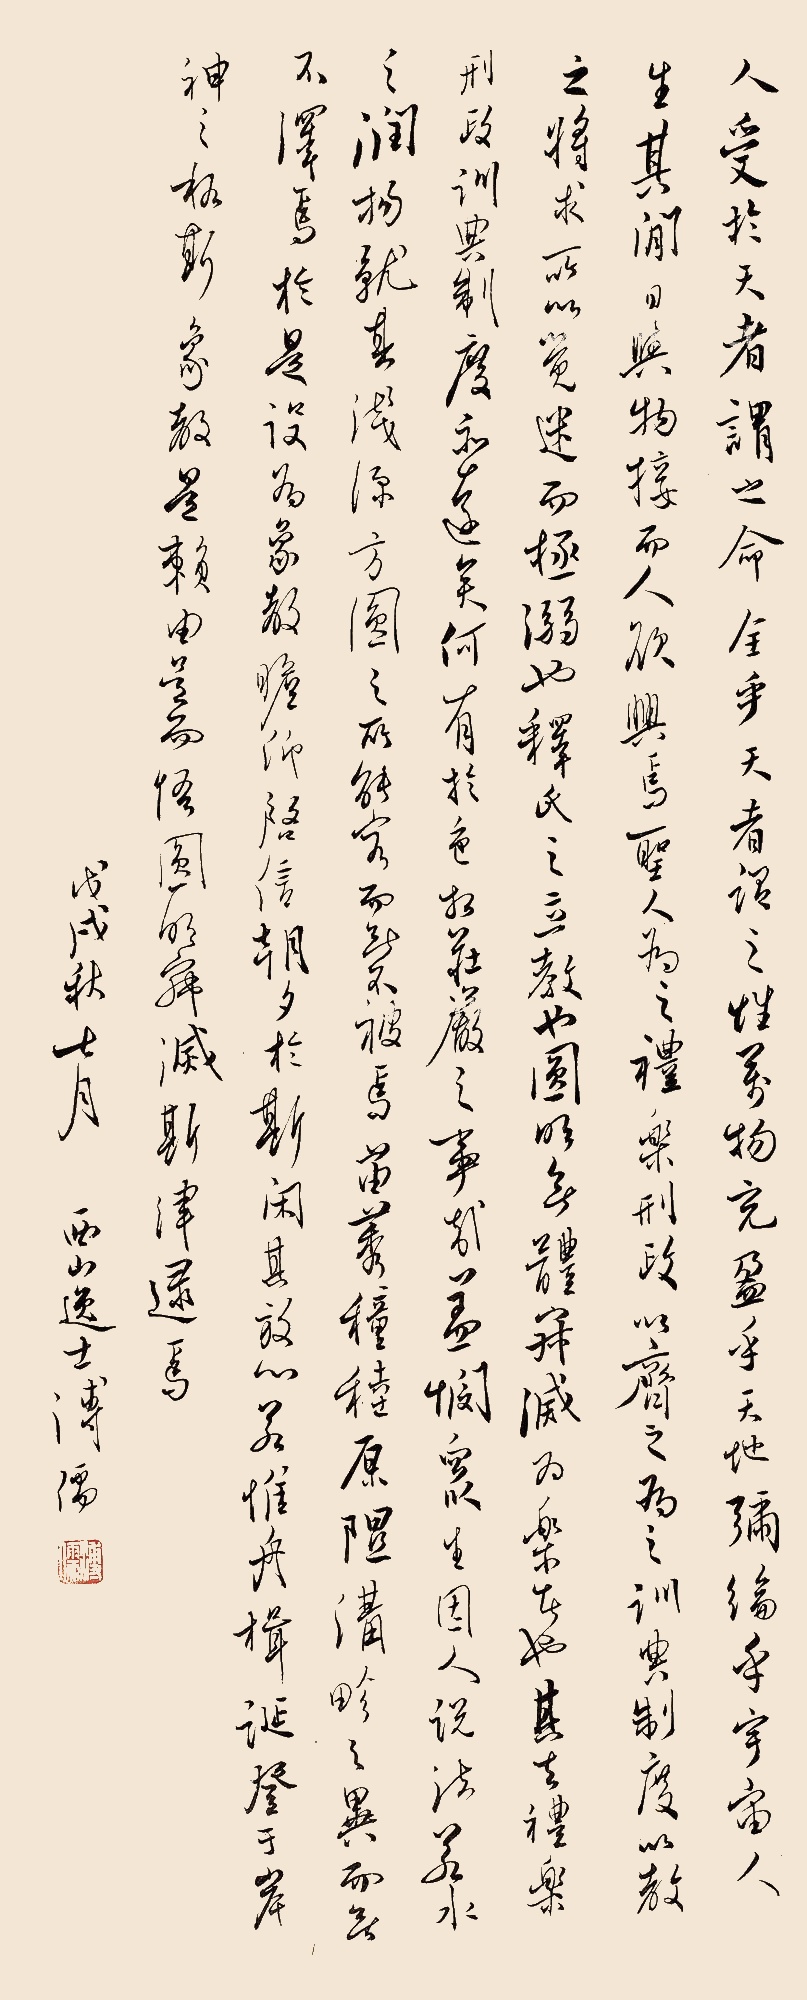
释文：人受于天者谓之命，全乎天者谓之性。万物充盈乎天地，弥纶乎宇宙，人生其间，日与物接，而人欲兴焉。圣人为之礼乐刑政以齐之，为之训典制度以教之，将求所以觉迷而拯溺也。释氏之立教也，圆明无体，寂灭为乐者也，其去礼乐刑政、训典制度亦远矣，何有于色相庄严之事哉？盖悯众生，因人说法，若水之润物，就其浅深方圆之所能容，而无不被焉，苗莠穜稑原隰沟畛之异，而无不泽焉。于是设为象教，瞻仰启信，朝夕于斯，闲其放心，若惟舟楫诞登于岸神之格，斯象教是赖，由是而悟圆明寂灭，斯津逯焉。戊戌秋七月，西山逸士溥儒。